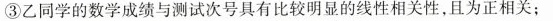
③乙同学的数学成绩与测试次号具有比较明显的线性相关性，且为正相关；